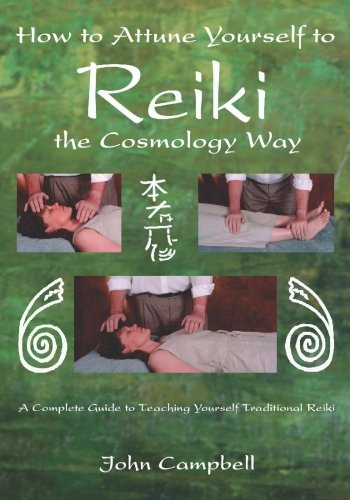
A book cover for How to Attune Yourself to Reiki the Cosmology Way; John Campbell; Science & Math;